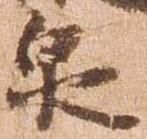
泉